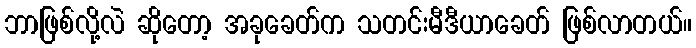
ဘာဖြစ်လို့လဲ ဆိုတော့ အခုခေတ်က သတင်းမီဒီယာခေတ် ဖြစ်လာတယ်။